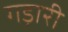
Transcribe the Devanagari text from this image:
गड़ारी